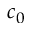
c _ { 0 }